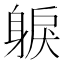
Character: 𨉕